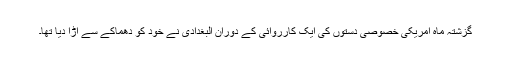
گزشتہ ماہ امریکی خصوصی دستوں کی ایک کارروائی کے دوران البغدادی نے خود کو دھماکے سے اڑا دیا تھا۔